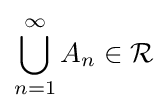
\bigcup _{n=1}^{\infty }A_{n}\in {\mathcal {R}}